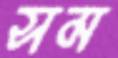
সম